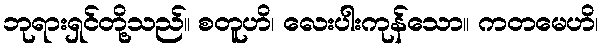
ဘုရားရှင်တို့သည်။ စတူဟိ၊ လေးပါးကုန်သော။ ကတမေဟိ၊